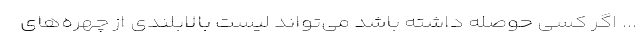
... اگر کسی حوصله داشته باشد می‌تواند لیست بالابلندی از چهره‌های